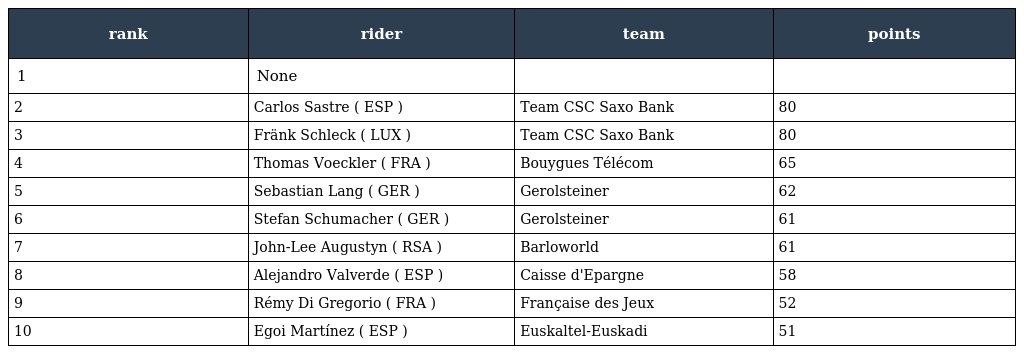
| rank | rider | team | points |
 | --- | --- | --- | --- |
 | 1 | None |  |  |
 | 2 | Carlos Sastre ( ESP ) | Team CSC Saxo Bank | 80 |
 | 3 | Fränk Schleck ( LUX ) | Team CSC Saxo Bank | 80 |
 | 4 | Thomas Voeckler ( FRA ) | Bouygues Télécom | 65 |
 | 5 | Sebastian Lang ( GER ) | Gerolsteiner | 62 |
 | 6 | Stefan Schumacher ( GER ) | Gerolsteiner | 61 |
 | 7 | John-Lee Augustyn ( RSA ) | Barloworld | 61 |
 | 8 | Alejandro Valverde ( ESP ) | Caisse d'Epargne | 58 |
 | 9 | Rémy Di Gregorio ( FRA ) | Française des Jeux | 52 |
 | 10 | Egoi Martínez ( ESP ) | Euskaltel-Euskadi | 51 |